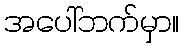
အပေါ်ဘက်မှာ။